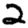
Digit: 2